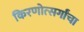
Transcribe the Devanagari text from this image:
किरणोत्सर्गांचा